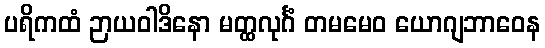
ပရိကထံ ဉာယဝါဒိနော မတ္ထလုင်္ဂံ တမမေဝ ယောဂျဘာဝေန